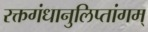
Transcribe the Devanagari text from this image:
रक्तगंधानुलिप्तांगम्